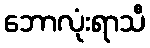
ဘောလုံးရာသီ